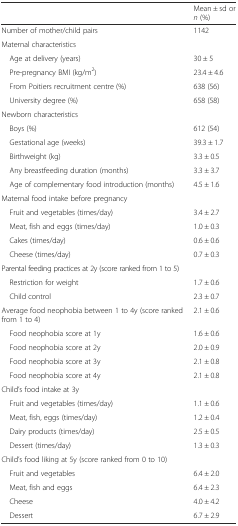
|  | Mean ± sd or n (%) |
 | --- | --- |
 | Number of mother/child pairs | 1142 |
 | Maternal characteristics |  |
 | Age at delivery (years) | 30 ± 5 |
 | Pre-pregnancy BMI (kg/m2) | 23.4 ± 4.6 |
 | From Poitiers recruitment centre (%) | 638 (56) |
 | University degree (%) | 658 (58) |
 | Newborn characteristics |  |
 | Boys (%) | 612 (54) |
 | Gestational age (weeks) | 39.3 ± 1.7 |
 | Birthweight (kg) | 3.3 ± 0.5 |
 | Any breastfeeding duration (months) | 3.3 ± 3.7 |
 | Age of complementary food introduction (months) | 4.5 ± 1.6 |
 | Maternal food intake before pregnancy |  |
 | Fruit and vegetables (times/day) | 3.4 ± 2.7 |
 | Meat, fish and eggs (times/day) | 1.0 ± 0.3 |
 | Cakes (times/day) | 0.6 ± 0.6 |
 | Cheese (times/day) | 0.7 ± 0.3 |
 | Parental feeding practices at 2y (score ranked from 1 to 5) |  |
 | Restriction for weight | 1.7 ± 0.6 |
 | Child control | 2.3 ± 0.7 |
 | Average food neophobia between 1 to 4y (score ranked from 1 to 4) | 2.1 ± 0.6 |
 | Food neophobia score at 1y | 1.6 ± 0.6 |
 | Food neophobia score at 2y | 2.0 ± 0.9 |
 | Food neophobia score at 3y | 2.1 ± 0.8 |
 | Food neophobia score at 4y | 2.1 ± 0.8 |
 | Child’s food intake at 3y |  |
 | Fruit and vegetables (times/day) | 1.1 ± 0.6 |
 | Meat, fish, eggs (times/day) | 1.2 ± 0.4 |
 | Dairy products (times/day) | 2.5 ± 0.5 |
 | Dessert (times/day) | 1.3 ± 0.3 |
 | Child’s food liking at 5y (score ranked from 0 to 10) |  |
 | Fruit and vegetables | 6.4 ± 2.0 |
 | Meat, fish and eggs | 6.4 ± 2.3 |
 | Cheese | 4.0 ± 4.2 |
 | Dessert | 6.7 ± 2.9 |